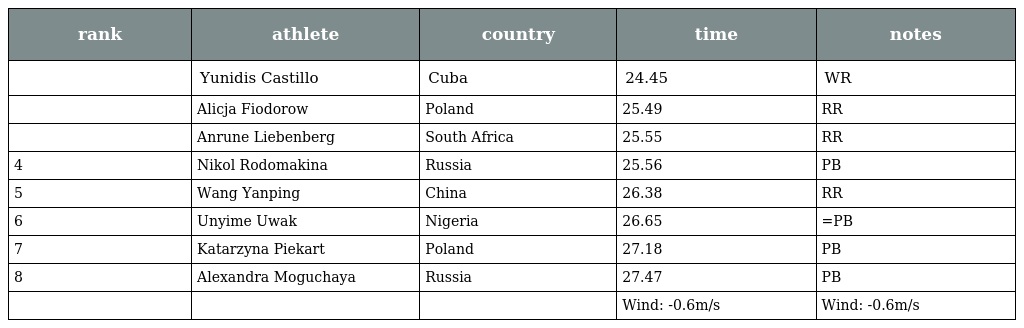
| rank | athlete | country | time | notes |
 | --- | --- | --- | --- | --- |
 |  | Yunidis Castillo | Cuba | 24.45 | WR |
 |  | Alicja Fiodorow | Poland | 25.49 | RR |
 |  | Anrune Liebenberg | South Africa | 25.55 | RR |
 | 4 | Nikol Rodomakina | Russia | 25.56 | PB |
 | 5 | Wang Yanping | China | 26.38 | RR |
 | 6 | Unyime Uwak | Nigeria | 26.65 | =PB |
 | 7 | Katarzyna Piekart | Poland | 27.18 | PB |
 | 8 | Alexandra Moguchaya | Russia | 27.47 | PB |
 |  |  |  | Wind: -0.6m/s | Wind: -0.6m/s |